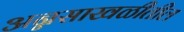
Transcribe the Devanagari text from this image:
अन्नसाखळीतील